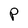
Character: P